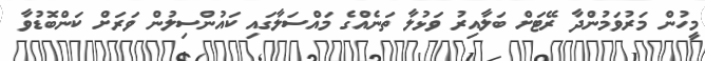
މީހުން މަރުވަމުންދާ ރޭޓަށް ބަލާއިރު ވަޅުލާ ތަނެއްގެ މައްސަލާގައި ކައުންސިލުން ވަރަށް ކަންބޮޑުވާ